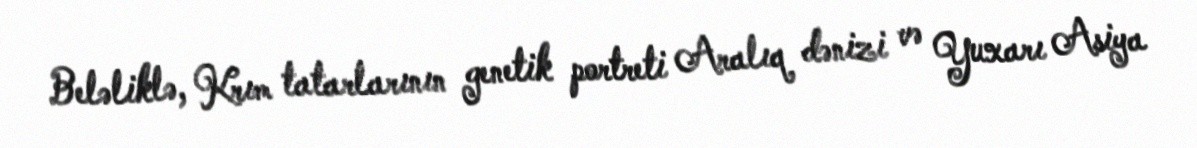
Beləliklə, Krım tatarlarının genetik portreti Aralıq dənizi və Yuxarı Asiya